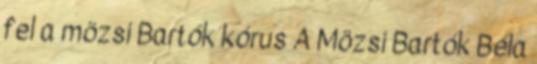
fel a mözsi Bartók kórus A Mözsi Bartók Béla